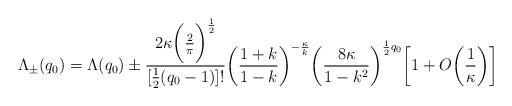
LaTeX: \begin{align*}\Lambda_{\pm}(q_0)=\Lambda(q_0)\pm\frac{2\kappa\bigg(\frac{2}{\pi}\bigg)^{\frac{1}{2}}}{[\frac{1}{2}(q_0-1)]!}\bigg(\frac{1+k}{1-k}\bigg)^{-\frac{\kappa}{k}}\bigg(\frac{8\kappa}{1-k^2}\bigg)^{\frac{1}{2}q_0}\bigg[1+O\bigg(\frac{1}{\kappa}\bigg)\bigg]\end{align*}